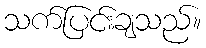
သက်ပြင်းချသည်။